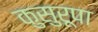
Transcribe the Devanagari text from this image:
कुसुरूपा